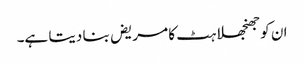
ان کو جھنجھلاہٹ کا مریض بنا دیتا ہے۔